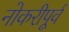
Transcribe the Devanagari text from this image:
नोकरीपूर्व